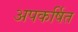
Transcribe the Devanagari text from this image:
अपकर्षित